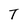
Character: T